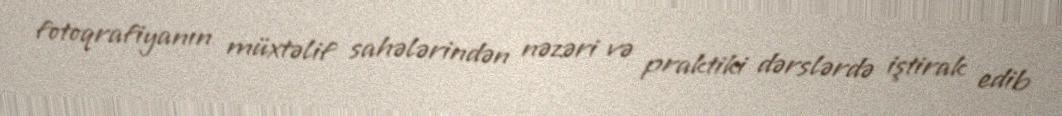
fotoqrafiyanın müxtəlif sahələrindən nəzəri və praktiki dərslərdə iştirak edib